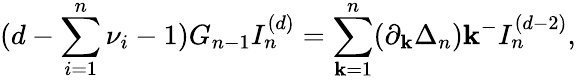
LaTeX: (d-\sum_{i=1}^{n}\nu_{i}-1)G_{n-1}I_{n}^{(d)}=\sum_{\mathbf{k}=1}^{n}(\partial_{\mathbf{k}}\Delta_{n}){\mathbf{\mathbf{k}}^{-}}I_{n}^{(d-2)},